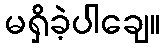
မရှိခဲ့ပါချေ။